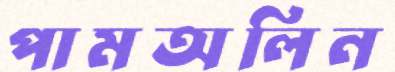
পামঅলিন